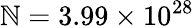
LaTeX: \mathbb{N}=3.99\times10^{28}